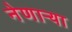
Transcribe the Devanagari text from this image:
नेणाऱ्‍या